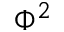
\Phi ^ { 2 }